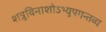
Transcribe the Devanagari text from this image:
शत्रुविनाशोऽभ्युपगन्तव्य